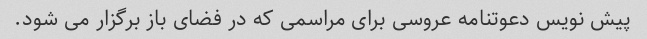
پیش نویس دعوتنامه عروسی برای مراسمی که در فضای باز برگزار می شود.